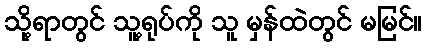
သို့ရာတွင် သူ့ရုပ်ကို သူ မှန်ထဲတွင် မမြင်။